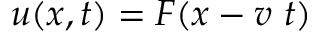
u ( x , t ) = F ( x - v \ t )